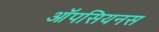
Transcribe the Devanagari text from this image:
ऑपसियनस